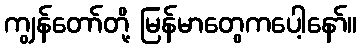
ကျွန်တော်တို့ မြန်မာတွေကပေါ့နော်။